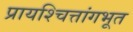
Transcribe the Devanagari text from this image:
प्रायश्चित्तांगभूत